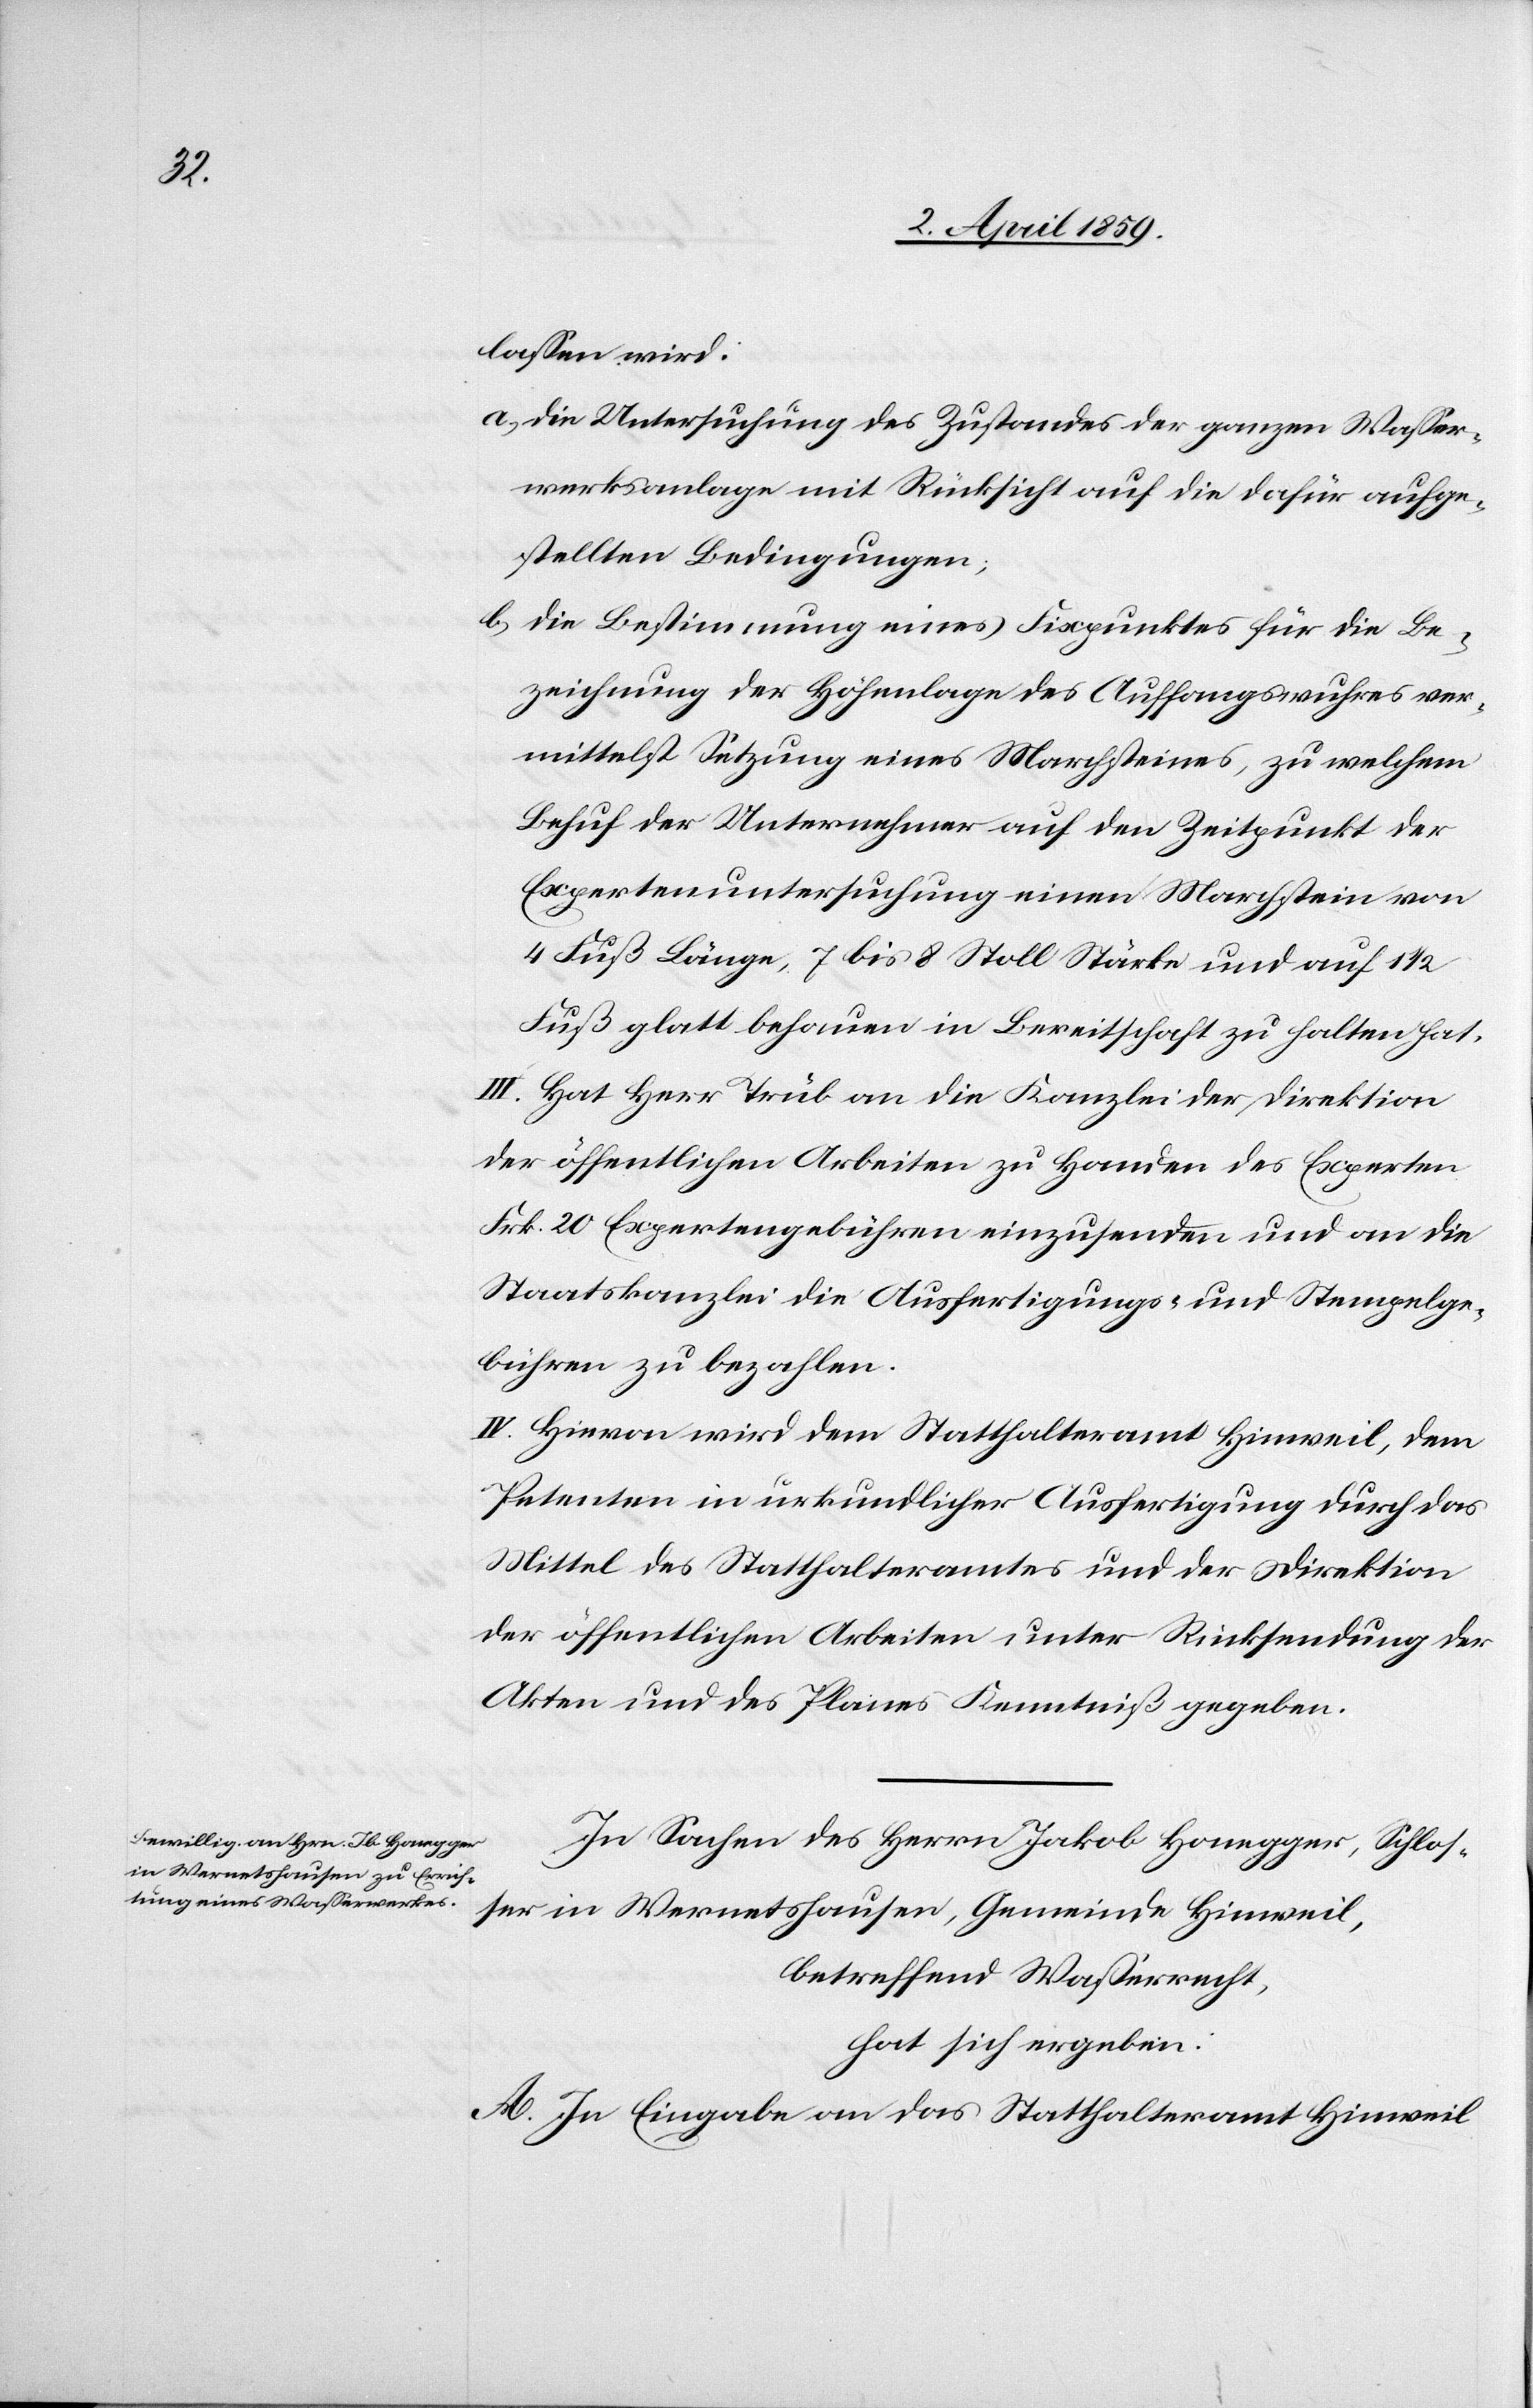
laßen wird:
a) die Untersuchung des Zustandes der ganzen Waßer¬
werksanlage mit Rücksicht auf die dafür aufge¬
stellten Bedingungen;
b) die Bestimmung eines Fixpunktes für die Be¬
zeichnung der Höhenlage des Auffangswuhres ver¬
mittelst Setzung eines Marchsteines, zu welchem
Behuf der Unternehmer auf den Zeitpunkt der
Expertenuntersuchung einen Marchstein von
4 Fuß Länge, 7 bis 8 Stoll [sic!] Stärke und auf 1
Fuß glatt behauen in Bereitschaft zu halten hat.
III. Hat Herr Trüb an die Kanzlei der Direktion
der öffentlichen Arbeiten zu Handen des Experten
Frk. 20 Expertengebühren einzusenden und an die
Staatskanzlei die Ausfertigungs- und Stempelge¬
bühren zu bezahlen.
IV. Hievon wird dem Statthalteramt Hinweil, dem
Petenten in urkundlicher Ausfertigung durch das
Mittel des Statthalteramtes und der Direktion
der öffentlichen Arbeiten unter Rücksendung der
Akten und des Planes Kenntniß gegeben.
In Sachen des Herrn Jakob Honegger, Schlos¬
ser in Wernetshausen, Gemeinde Hinweil,
betreffend Waßerrecht,
hat sich ergeben:
A. In Eingabe an das Statthalteramt Hinweil